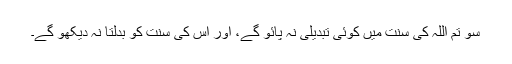
سو تم اللہ کی سنت میں کوئی تبدیلی نہ پائو گے، اور اس کی سنت کو بدلتا نہ دیکھو گے۔